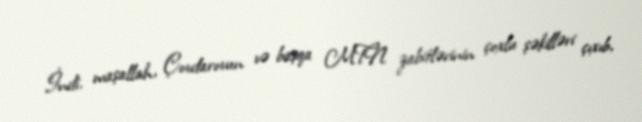
İndi, maşallah, Çovdarovun və başqa MTN zabitlərinin çoxlu şəkilləri çıxıb,